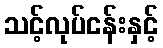
သင့်လုပ်ငန်းနှင့်